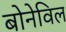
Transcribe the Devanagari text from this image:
बोनेविल